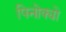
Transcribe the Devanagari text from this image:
पिनोक्यो